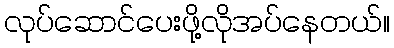
လုပ်ဆောင်ပေးဖို့လိုအပ်နေတယ်။